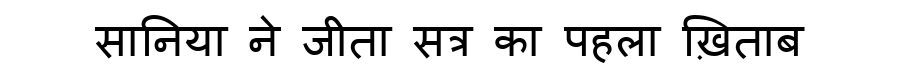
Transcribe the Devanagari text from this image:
सानिया ने जीता सत्र का पहला ख़िताब